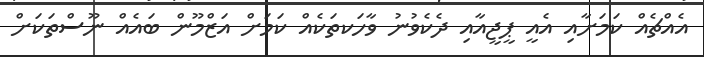
އެއްޗެއް ކަމަށާއި އެއީ ޕީޖީއާއި ދެކެވުނު ވާހަކތަކެއް ކަމަށް އަޒްމޫން ބައެއް ނޫސްތަކަށް